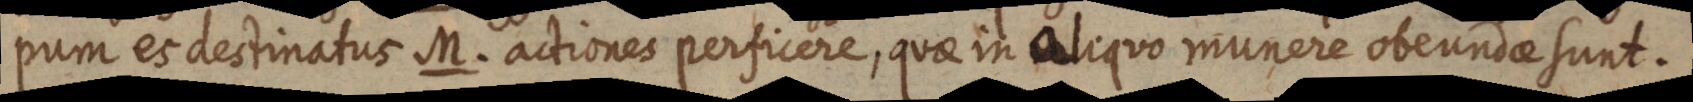
pum es destinatus M. actiones perficere, quae in aliquo munere obeundae sunt.